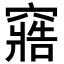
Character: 𮄔